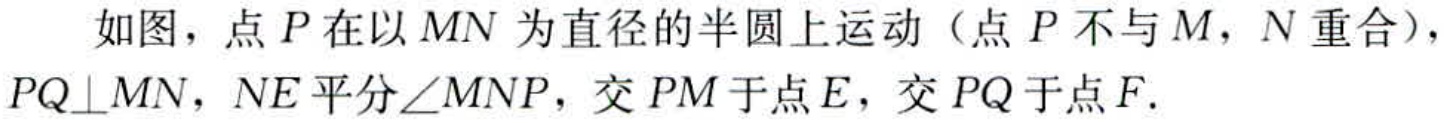
如图，点\(P\)在以\(MN\)为直径的半圆上运动（点\(P\)不与\(M\)，\(N\)重合），\(PQ\perp MN\)，\(NE\)平分\(\angle MNP\)，交\(PM\)于点\(E\)，交\(PQ\)于点\(F\).